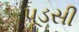
પૂડસી